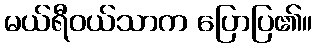
မယ်ရီဝယ်သာက ပြောပြ၏။